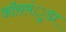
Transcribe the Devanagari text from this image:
ऑसमंुडा